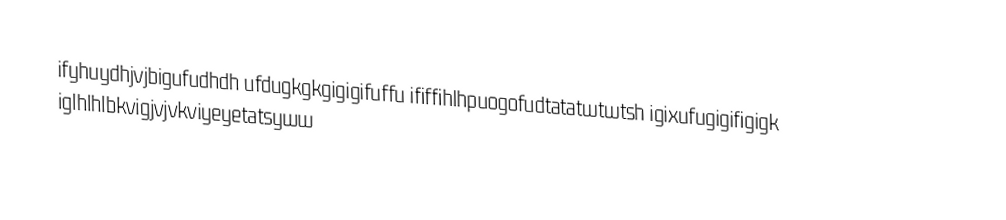
ifyhuydhjvjbigufudhdh ufdugkgkgigigifuffu ififfihlhpuogofudtatatwtwtsh igixufugigifigigk iglhlhlbkvigjvjvkviyeyetatsyww